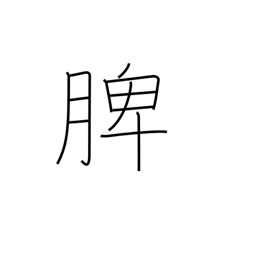
Meaning: spleen